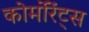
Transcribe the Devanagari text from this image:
कोर्मोरेंट्स